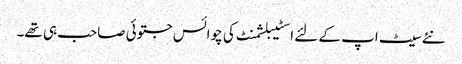
نئے سیٹ اپ کے لئے اسٹیبلشمنٹ کی چوائس جتوئی صاحب ہی تھے۔